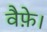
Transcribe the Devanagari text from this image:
वैफ़े।